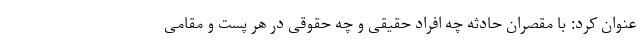
عنوان کرد: با مقصران حادثه چه افراد حقیقی و چه حقوقی در هر پست و مقامی